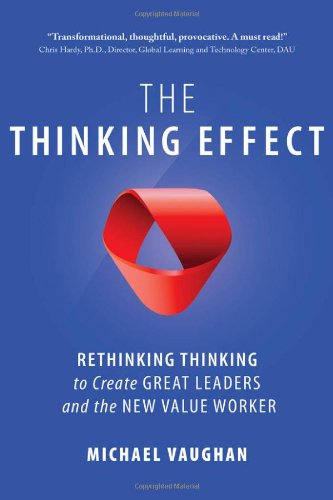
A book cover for The Thinking Effect: Rethinking Thinking to Create Great Leaders and the New Value Worker; Michael Vaughan; Business & Money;